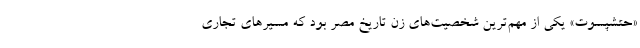
«حتشپسوت» یکی از مهم‌ترین شخصیت‌های زن تاریخ مصر بود که مسیرهای تجاری